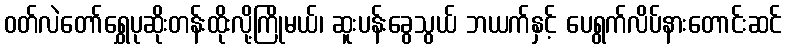
ဝတ်လဲတော်ရွှေပုဆိုးတန်းထိုးလို့ကြိုမယ်၊ ဆူးပန်းခွေသွယ် ဘယက်နှင့် ပေရွက်လိပ်နားတောင်းဆင်